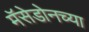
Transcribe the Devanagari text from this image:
मॅसेडोनच्या